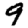
Digit: 9